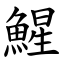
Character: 鯹